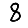
Digit: 8